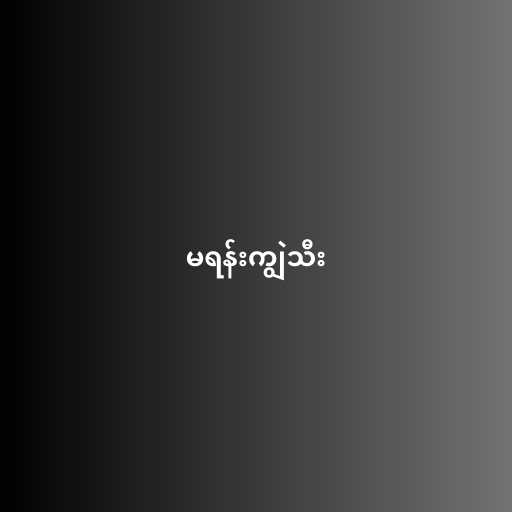
မရန်းကျွဲသီး